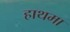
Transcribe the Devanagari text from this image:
हाथमा